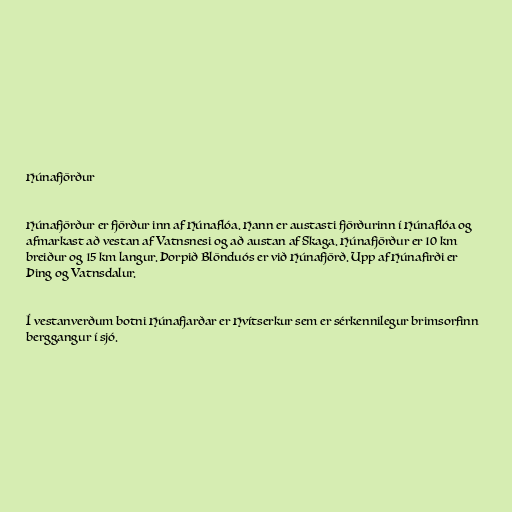
Húnafjörður

Húnafjörður er fjörður inn af Húnaflóa. Hann er austasti fjörðurinn í Húnaflóa og
afmarkast að vestan af Vatnsnesi og að austan af Skaga. Húnafjörður er 10 km
breiður og 15 km langur. Þorpið Blönduós er við Húnafjörð. Upp af Húnafirði er
Þing og Vatnsdalur.

Í vestanverðum botni Húnafjarðar er Hvítserkur sem er sérkennilegur brimsorfinn
berggangur í sjó.